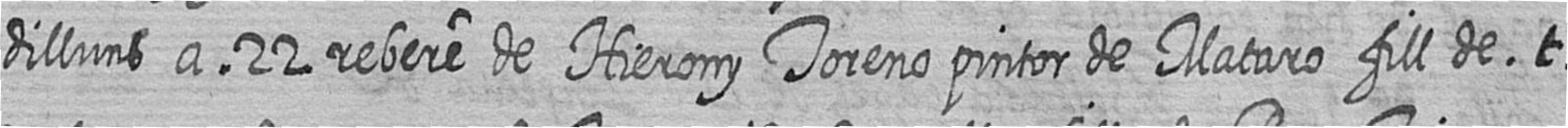
dilluns a 22 rebere de Hierony Toreno pintor de Mataro fill de t